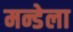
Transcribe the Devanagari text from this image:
मन्डेला